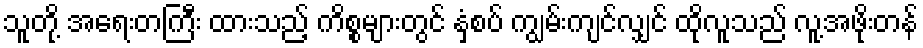
သူတို့ အရေးတကြီး ထားသည့် ကိစ္စများတွင် နှံ့စပ် ကျွမ်းကျင်လျှင် ထိုလူသည် လူ့အဖိုးတန်